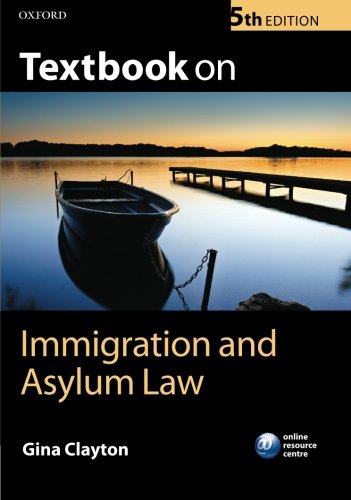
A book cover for Textbook on Immigration and Asylum Law; Gina Clayton; Law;